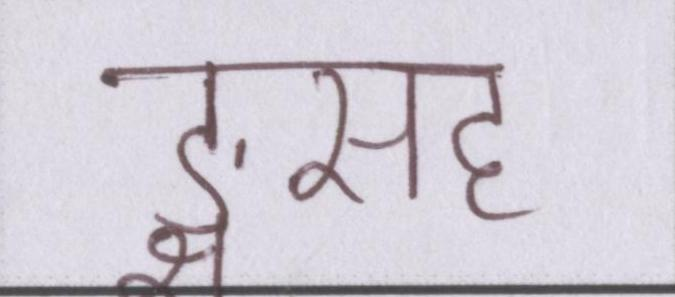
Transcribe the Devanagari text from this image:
ङ्क्षसह